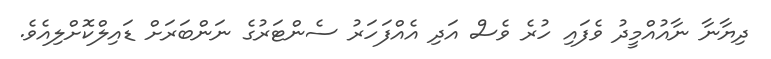
ދިޔާނާ ނާއުއްމީދު ވެފައި ހުރެ ވެސް އަދި އެއްފަހަރު ސެންޓަރުގެ ނަންބަރަށް ޑައިލްކޮށްލިއެވެ.